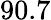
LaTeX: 90.7